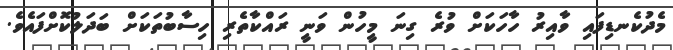
މެދުކެނޑިފައި ވާއިރު ހާހަކަށް ވުރެ ގިނަ މީހުން ވަނީ ރައްކާތެރި ހިސާބުތަކަށް ބަދަލުކޮށްފައެވެ.